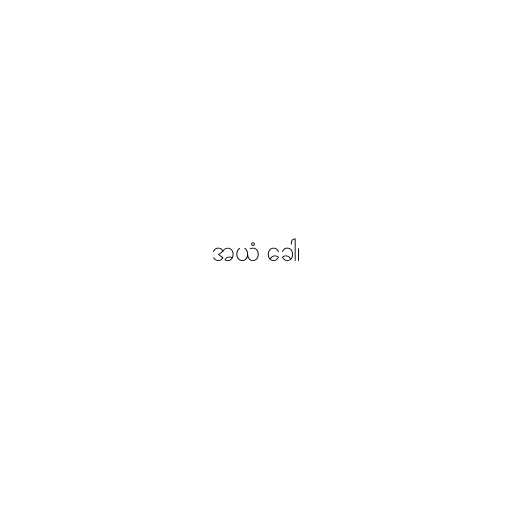
အယံ ခေါ၊